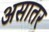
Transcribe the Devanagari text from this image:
असातर